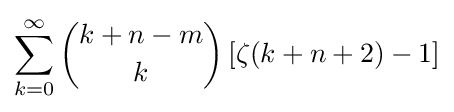
\sum _{k=0}^{\infty }{k+n-m \choose k}\left[\zeta (k+n+2)-1\right]